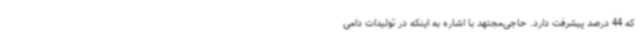
که 44 درصد پیشرفت دارد. حاجی‌مجتهد با اشاره به اینکه در تولیدات دامی